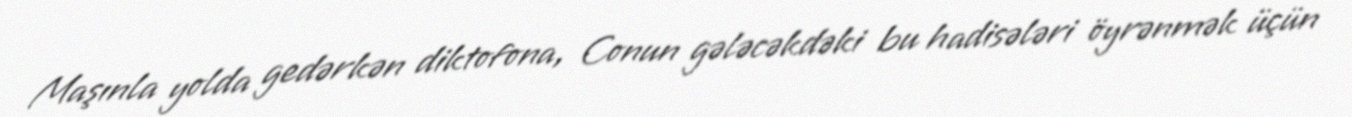
Maşınla yolda gedərkən diktofona, Conun gələcəkdəki bu hadisələri öyrənmək üçün